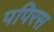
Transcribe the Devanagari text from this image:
पपिरस